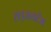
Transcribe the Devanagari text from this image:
राइख्यटैग